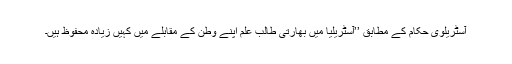
آسٹریلوی حکام کے مطابق ’’آسٹریلیا میں بھارتی طالب علم اپنے وطن کے مقابلے میں کہیں زیادہ محفوظ ہیں۔